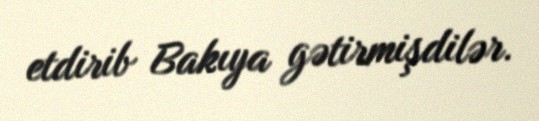
etdirib Bakıya gətirmişdilər.